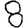
Digit: 8